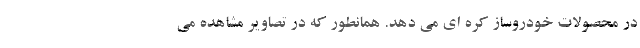
در محصولات خودروساز کره ای می دهد. همانطور که در تصاویر مشاهده می